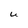
Character: U